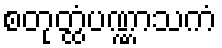
စတုတ္ထံပဏ္ဏာသကံ